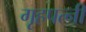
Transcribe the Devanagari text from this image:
गृहपत्नी